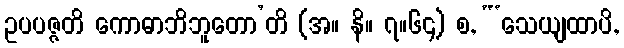
ဥပပဇ္ဇတိ ကောဓာဘိဘူတော’တိ (အ။ နိ။ ၇။၆၄) စ, “‘သေယျထာပိ,